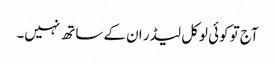
آج تو کوئی لوکل لیڈر ان کے ساتھ نہیں۔